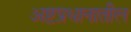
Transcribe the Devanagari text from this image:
अष्टप्रधानातील